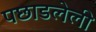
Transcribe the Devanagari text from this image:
पछाडलेली